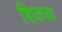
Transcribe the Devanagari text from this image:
शिकवा